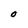
Character: O